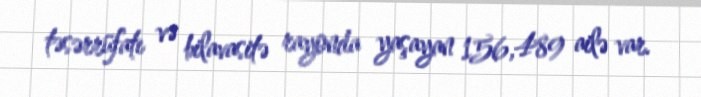
təsərrüfatı və bilavasitə rayonda yaşayan 156,489 ailə var.